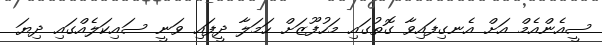
ސީއެންއެމް އަށް އެނގިފައިވާ ގޮތުގައި މަހުފޫޒަށް ހަމަލާ ދީފައި ވަނީ ސައިކަލެއްގައި ދިޔަ